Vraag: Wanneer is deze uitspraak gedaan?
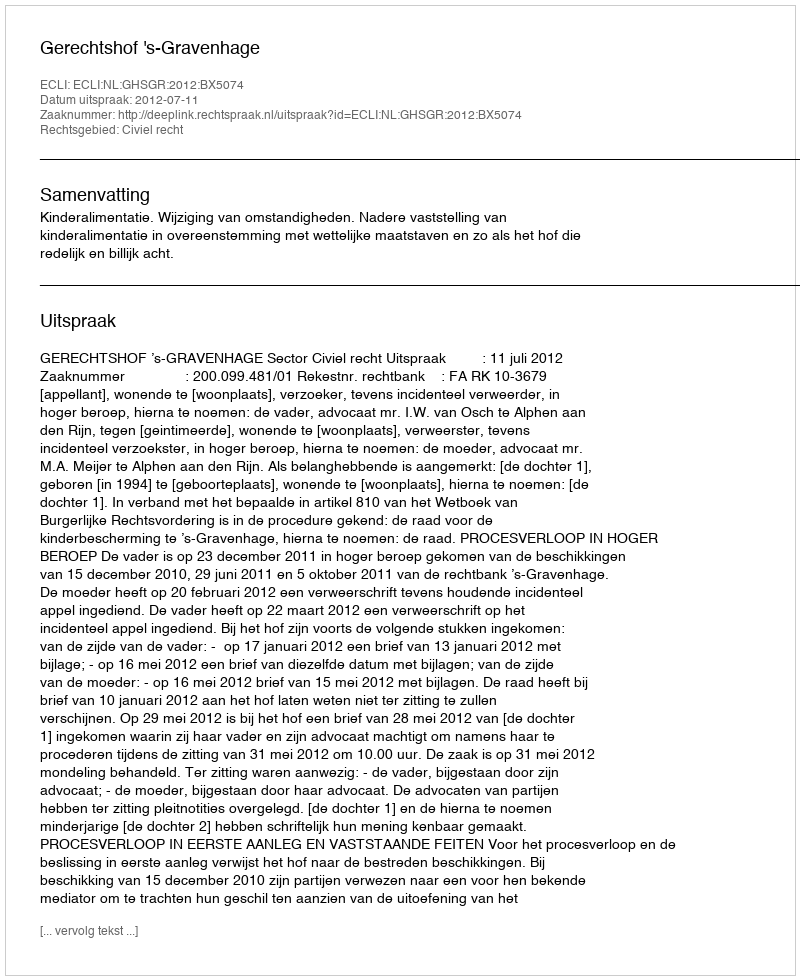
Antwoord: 2012-07-11